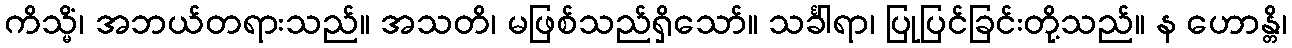
ကိသ္မိံ၊ အဘယ်တရားသည်။ အသတိ၊ မဖြစ်သည်ရှိသော်။ သင်္ခါရာ၊ ပြုပြင်ခြင်းတို့သည်။ န ဟောန္တိ၊